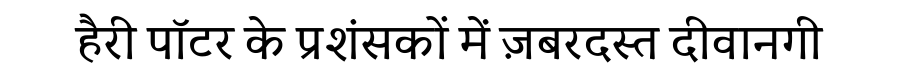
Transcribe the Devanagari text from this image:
हैरी पॉटर के प्रशंसकों में ज़बरदस्त दीवानगी